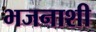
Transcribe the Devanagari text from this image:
भजनाशी